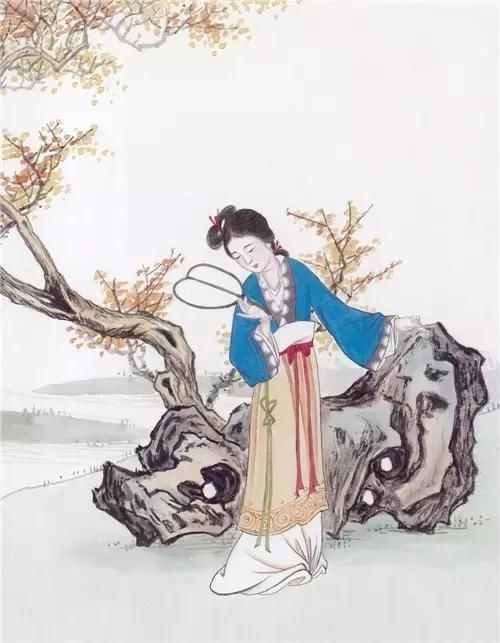
行行重行行，与君生别离。